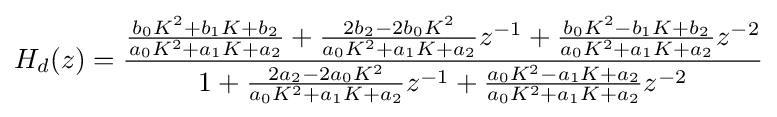
H_{d}(z)={\frac {{\frac {b_{0}K^{2}+b_{1}K+b_{2}}{a_{0}K^{2}+a_{1}K+a_{2}}}+{\frac {2b_{2}-2b_{0}K^{2}}{a_{0}K^{2}+a_{1}K+a_{2}}}z^{-1}+{\frac {b_{0}K^{2}-b_{1}K+b_{2}}{a_{0}K^{2}+a_{1}K+a_{2}}}z^{-2}}{1+{\frac {2a_{2}-2a_{0}K^{2}}{a_{0}K^{2}+a_{1}K+a_{2}}}z^{-1}+{\frac {a_{0}K^{2}-a_{1}K+a_{2}}{a_{0}K^{2}+a_{1}K+a_{2}}}z^{-2}}}